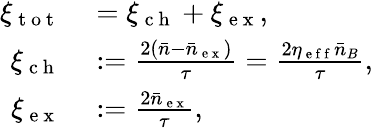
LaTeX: \begin{array}{rl}{\xi_{\mathrm{~t~o~t~}}}&{{}=\xi_{\mathrm{~c~h~}}+\xi_{\mathrm{~e~x~}},}\\ {\xi_{\mathrm{~c~h~}}}&{{}:=\frac{2(\bar{n}-\bar{n}_{\mathrm{~e~x~}})}{\tau}=\frac{2\eta_{\mathrm{~e~f~f~}}\bar{n}_{B}}{\tau},}\\ {\xi_{\mathrm{~e~x~}}}&{{}:=\frac{2\bar{n}_{\mathrm{~e~x~}}}{\tau},}\end{array}